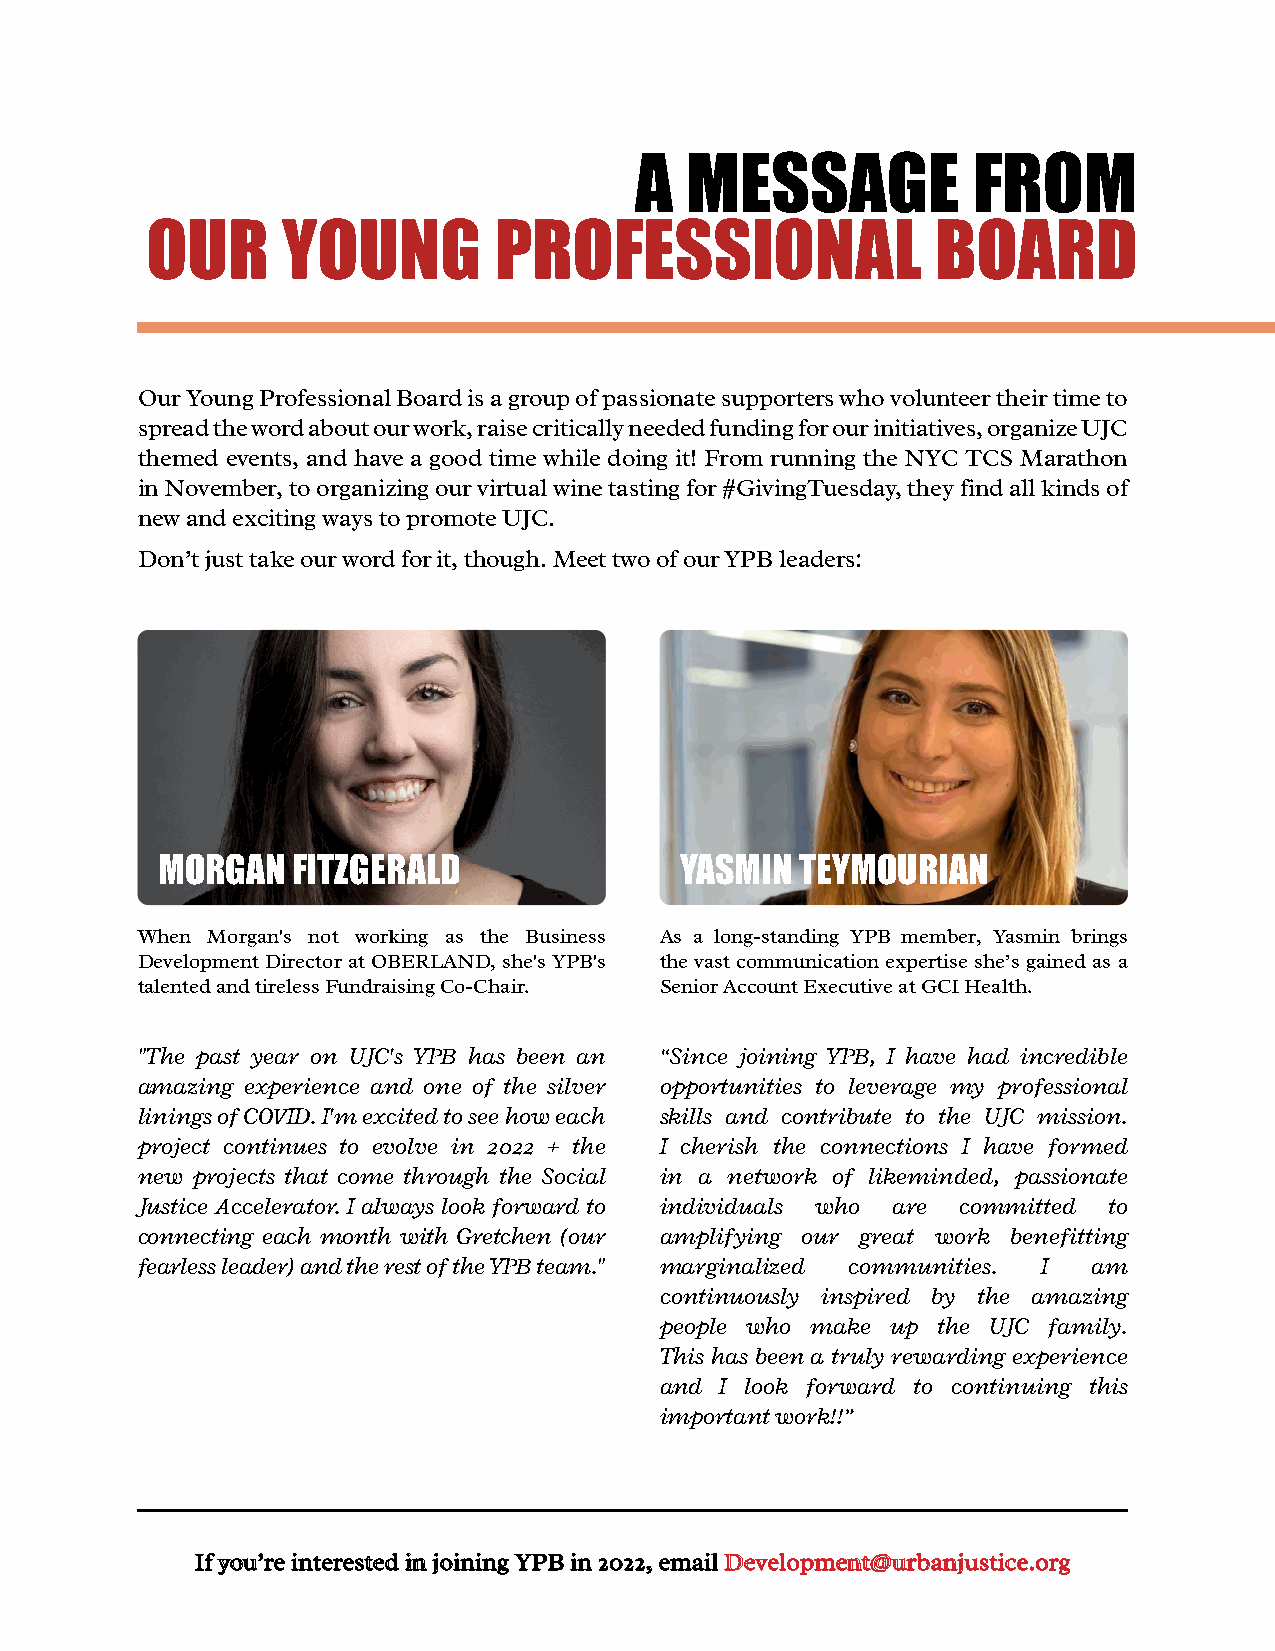
A  MESSAGE            FROM
 OUR      YOUNG         PROFESSIONAL                 BOARD
 Our Young Professional Board is a group of passionate supporters who volunteer their time to
 spread the word about our work, raise critically needed funding for our initiatives, organize UJC
 themed events, and have a good time while doing it! From running the NYC TCS Marathon
 in November, to organizing our virtual wine tasting for #GivingTuesday, they find all kinds of
 new and exciting ways to promote UJC.
 Don’t just take our word for it, though. Meet two of our YPB leaders:
 MORGAN   FITZGERALD                YASMIN  TEYMOURIAN
 When Morgan's not working as the Business As a long-standing YPB member, Yasmin brings
 Development Director at OBERLAND, she's YPB's the vast communication expertise she’s gained as a
 talented and tireless Fundraising Co-Chair. Senior Account Executive at GCI Health.
 "The past year on UJC's YPB has been an “Since joining YPB, I have had incredible
 amazing experience and one of the silver opportunities to leverage my professional
 linings of COVID. I'm excited to see how each skills and contribute to the UJC mission.
 project continues to evolve in 2022 + the I cherish the connections I have formed
 new projects that come through the Social in a network of likeminded, passionate
 Justice Accelerator. I always look forward to individuals who are committed to
 connecting each month with Gretchen (our amplifying our great work benefitting
 fearless leader) and the rest of the YPB team." marginalized communities. I am
 continuously inspired by the amazing
 people who make up the UJC family.
 This has been a truly rewarding experience
 and I look forward to continuing this
 important work!!”
 IIff yyoouu’’rree iinntteerreesstteedd iinn jjooiinniinngg YYPPBB iinn 22002222,, eemmaaiill DDeevveellooppmmeenntt@@uurrbbaannjjuussttiiccee..oorrgg